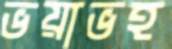
ভয়াভহ